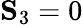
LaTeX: \mathbf{S}_{3}=0